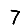
Digit: 7